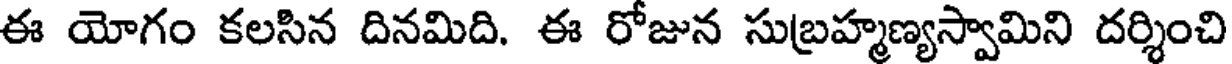
ఈ యోగం కలసిన దినమిది. ఈ రోజున సుబ్రహ్మణ్యస్వామిని దర్శించి